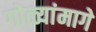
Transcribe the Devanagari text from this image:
गोळ्यांमागे